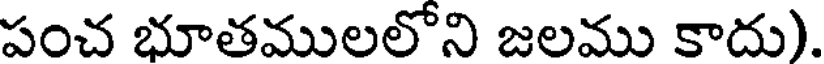
పంచ భూతములలోని జలము కాదు).